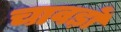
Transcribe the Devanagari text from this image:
चावड़ों